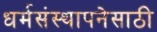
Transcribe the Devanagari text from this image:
धर्मसंस्थापनेसाठी